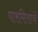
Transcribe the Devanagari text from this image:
पारमितांचे